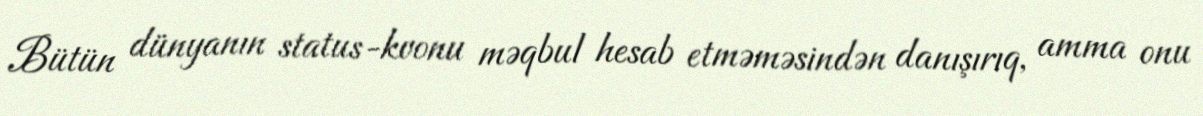
Bütün dünyanın status-kvonu məqbul hesab etməməsindən danışırıq, amma onu